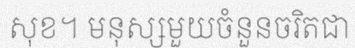
សុខ។ មនុស្សមួយចំនួនចរិតជា